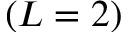
( L = 2 )